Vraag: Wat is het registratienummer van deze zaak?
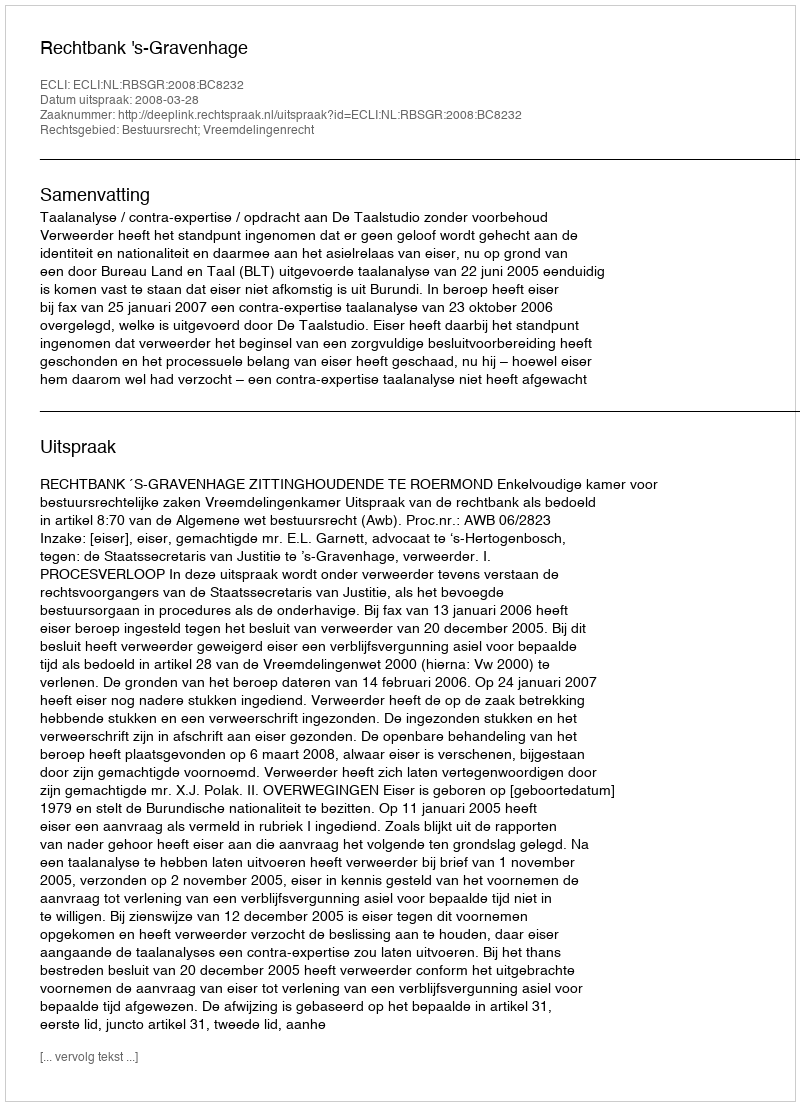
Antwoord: http://deeplink.rechtspraak.nl/uitspraak?id=ECLI:NL:RBSGR:2008:BC8232